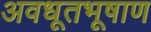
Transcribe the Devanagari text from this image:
अवधूतभूषाण